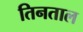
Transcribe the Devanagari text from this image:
तिनताल